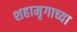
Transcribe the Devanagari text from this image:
शहामृगाच्या